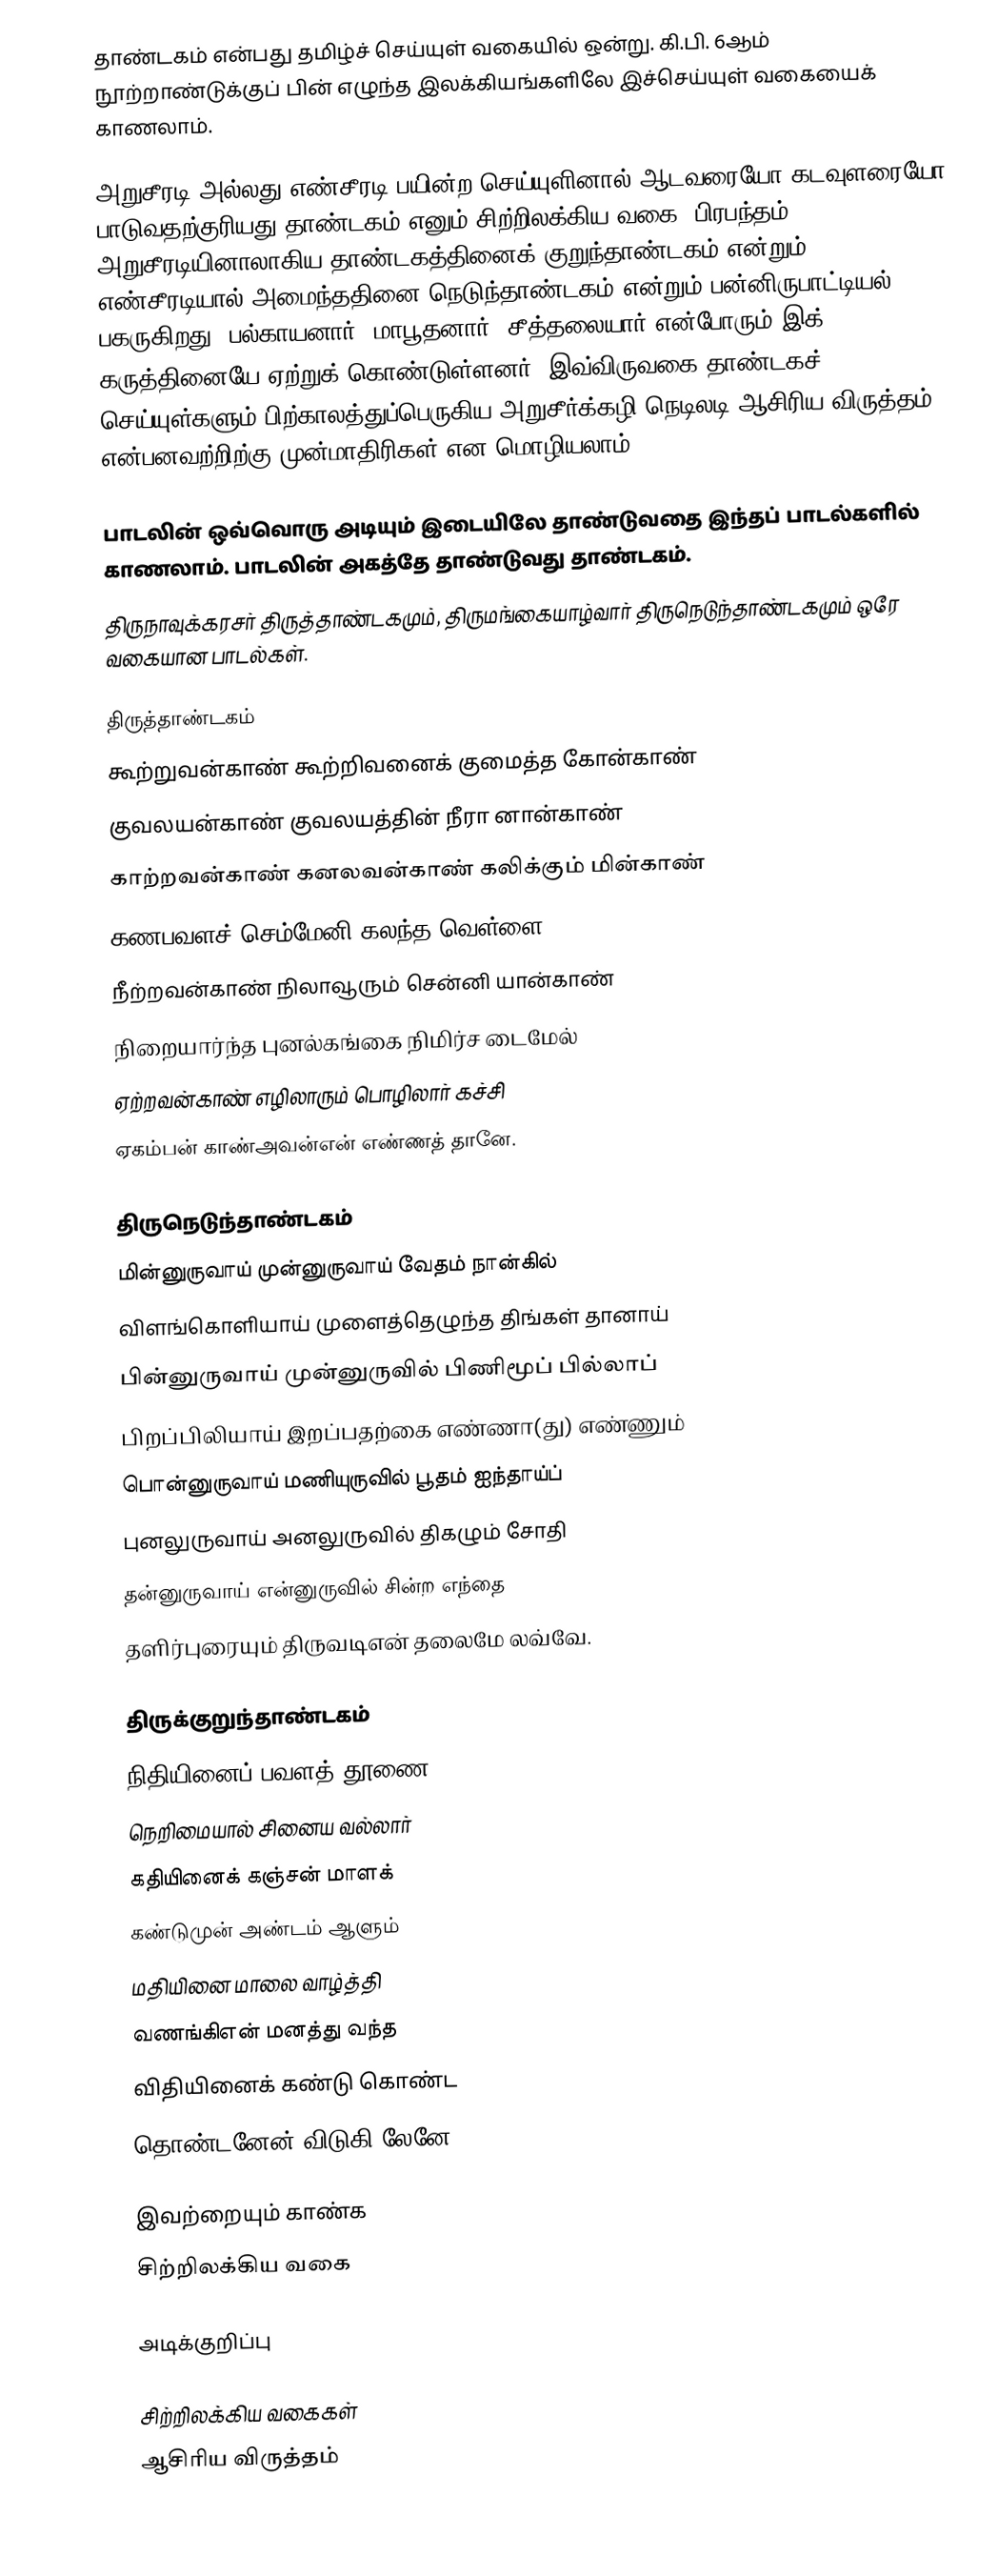
தாண்டகம் என்பது தமிழ்ச் செய்யுள் வகையில் ஒன்று. கி.பி. 6ஆம் நூற்றாண்டுக்குப் பின் எழுந்த இலக்கியங்களிலே இச்செய்யுள் வகையைக் காணலாம்.

அறுசீரடி அல்லது எண்சீரடி பயின்ற செய்யுளினால் ஆடவரையோ கடவுளரையோ பாடுவதற்குரியது தாண்டகம் எனும் சிற்றிலக்கிய வகை (பிரபந்தம்). அறுசீரடியினாலாகிய தாண்டகத்தினைக் குறுந்தாண்டகம் என்றும் எண்சீரடியால் அமைந்ததினை நெடுந்தாண்டகம் என்றும் பன்னிருபாட்டியல் பகருகிறது. பல்காயனார், மாபூதனார், சீத்தலையார் என்போரும் இக் கருத்தினையே ஏற்றுக் கொண்டுள்ளனர். இவ்விருவகை தாண்டகச் செய்யுள்களும் பிற்காலத்துப்பெருகிய அறுசீர்க்கழி நெடிலடி ஆசிரிய விருத்தம் என்பனவற்றிற்கு முன்மாதிரிகள் என மொழியலாம்.

 பாடலின் ஒவ்வொரு அடியும் இடையிலே தாண்டுவதை இந்தப் பாடல்களில் காணலாம். பாடலின் அகத்தே தாண்டுவது தாண்டகம்.
 திருநாவுக்கரசர் திருத்தாண்டகமும், திருமங்கையாழ்வார் திருநெடுந்தாண்டகமும் ஒரே வகையான பாடல்கள்.

திருத்தாண்டகம்
கூற்றுவன்காண் கூற்றிவனைக் குமைத்த கோன்காண்
குவலயன்காண் குவலயத்தின் நீரா னான்காண்
காற்றவன்காண் கனலவன்காண் கலிக்கும் மின்காண்
கணபவளச் செம்மேனி கலந்த வெள்ளை
நீற்றவன்காண் நிலாவூரும் சென்னி யான்காண்
நிறையார்ந்த புனல்கங்கை நிமிர்ச டைமேல்
ஏற்றவன்காண் எழிலாரும் பொழிலார் கச்சி
ஏகம்பன் காண்அவன்என் எண்ணத் தானே.

திருநெடுந்தாண்டகம்
மின்னுருவாய் முன்னுருவாய் வேதம் நான்கில்
விளங்கொளியாய் முளைத்தெழுந்த திங்கள் தானாய்
பின்னுருவாய் முன்னுருவில் பிணிமூப் பில்லாப்
பிறப்பிலியாய் இறப்பதற்கை எண்ணா(து) எண்ணும்
பொன்னுருவாய் மணியுருவில் பூதம் ஐந்தாய்ப்
புனலுருவாய் அனலுருவில் திகழும் சோதி
தன்னுருவாய் என்னுருவில் சின்ற எந்தை
தளிர்புரையும் திருவடிஎன் தலைமே லவ்வே.

திருக்குறுந்தாண்டகம்
நிதியினைப் பவளத் தூணை
நெறிமையால் சினைய வல்லார்
கதியினைக் கஞ்சன் மாளக்
கண்டுமுன் அண்டம் ஆளும்
மதியினை மாலை வாழ்த்தி
வணங்கிஎன் மனத்து வந்த
விதியினைக் கண்டு கொண்ட
தொண்டனேன் விடுகி லேனே.

இவற்றையும் காண்க
 சிற்றிலக்கிய வகை

அடிக்குறிப்பு

சிற்றிலக்கிய வகைகள்
ஆசிரிய விருத்தம்